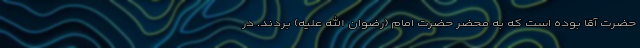
حضرت آقا بوده است که به محضر حضرت امام (رضوان الله علیه) بردند. در